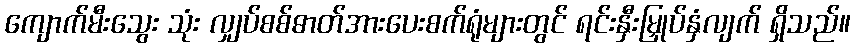
ကျောက်မီးသွေး သုံး လျှပ်စစ်ဓာတ်အားပေးစက်ရုံများတွင် ရင်းနှီးမြှုပ်နှံလျက် ရှိသည်။